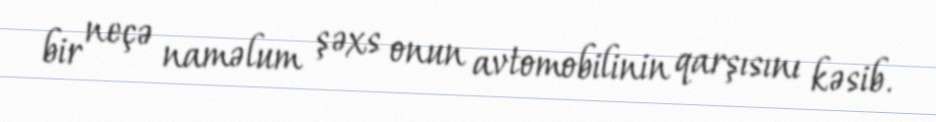
bir neçə naməlum şəxs onun avtomobilinin qarşısını kəsib.